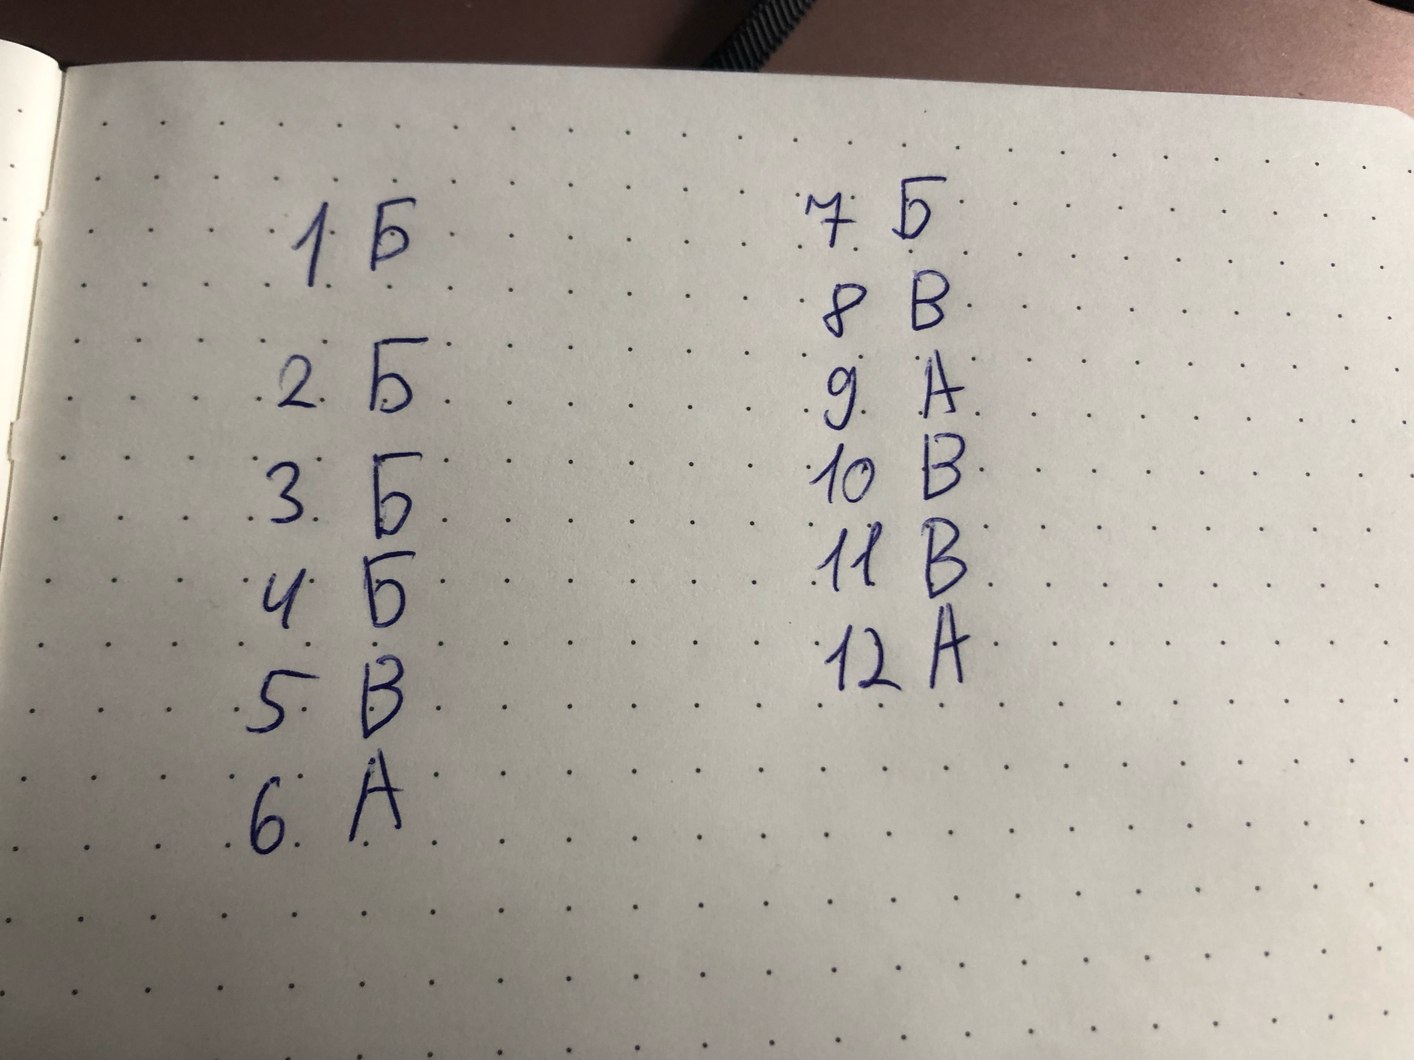
7 Б
1 Б
8 В
2 Б
9 А
10 В
3 Б
11 В
4 Б
12 А
5 В
6 А